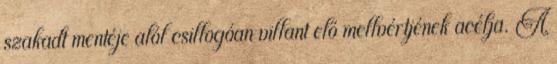
szakadt mentéje alól csillogóan villant elő mellvértjének acélja. A